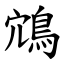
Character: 鴧